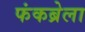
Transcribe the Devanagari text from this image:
फंकब्रेला